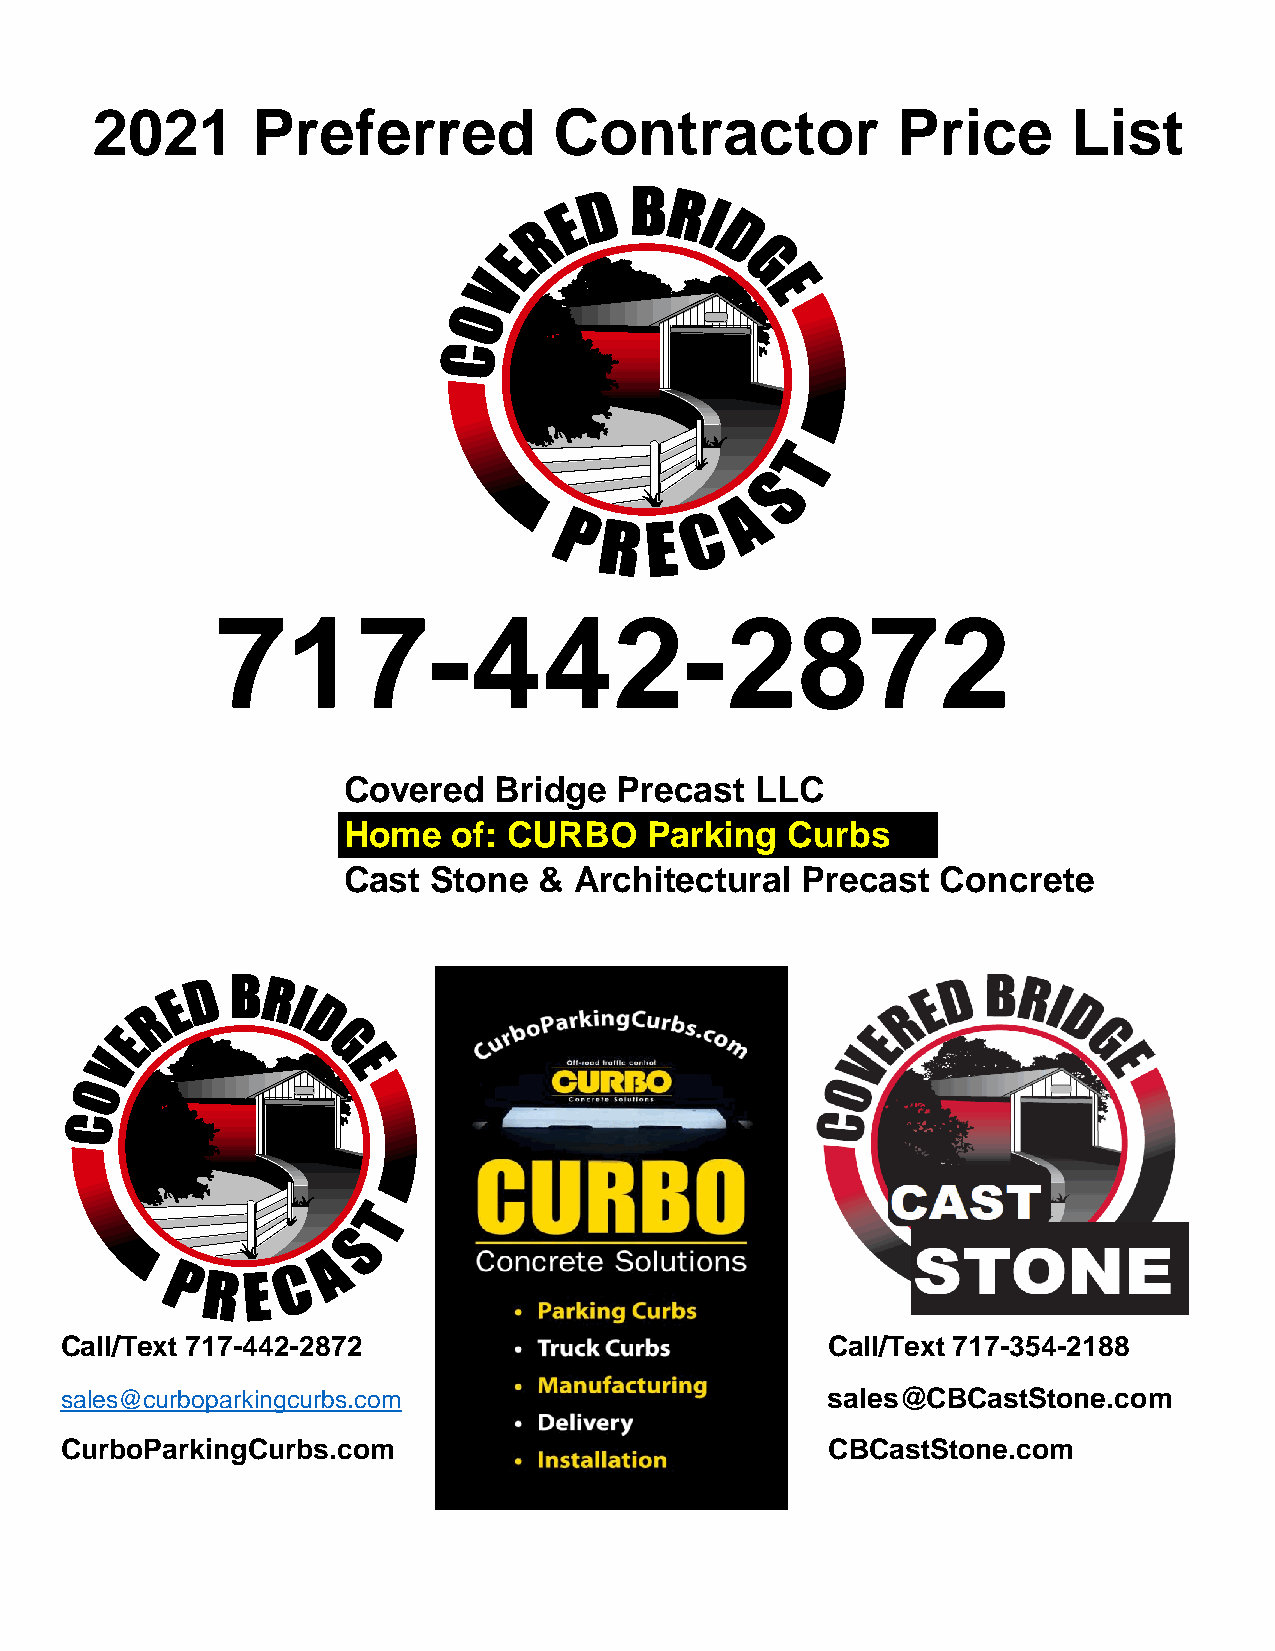
2021       Preferred           Contractor            Price       List
 717-442-2872
 Covered   Bridge  Precast  LLC
 Home   of: CURBO    Parking  Curbs
 Cast  Stone  & Architectural  Precast  Concrete
 Call/Text 717-442-2872                             Call/Text 717-354-2188
 sales@curboparkingcurbs.com                        sales@CBCastStone.com
 CurboParkingCurbs.com                              CBCastStone.com